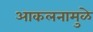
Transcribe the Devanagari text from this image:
आकलनामुळे